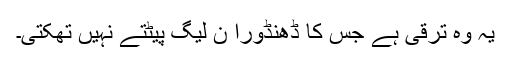
یہ وہ ترقی ہے جس کا ڈھنڈورا ن لیگ پیٹتے نہیں تھکتی۔